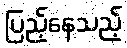
ပြည့်နေသည့်